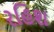
રહિશ